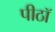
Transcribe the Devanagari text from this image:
पीठॉ